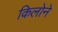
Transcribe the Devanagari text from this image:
किलोने